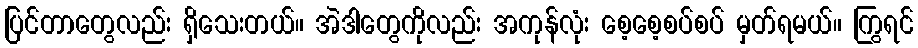
ပြင်တာတွေလည်း ရှိသေးတယ်။ အဲဒါတွေကိုလည်း အကုန်လုံး စေ့စေ့စပ်စပ် မှတ်ရမယ်။ ကြွရင်